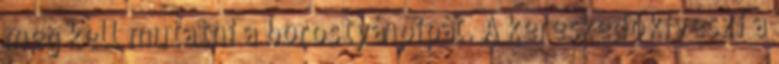
meg kell mutatni a borostyánpipát. A kereskedő kiveszi a